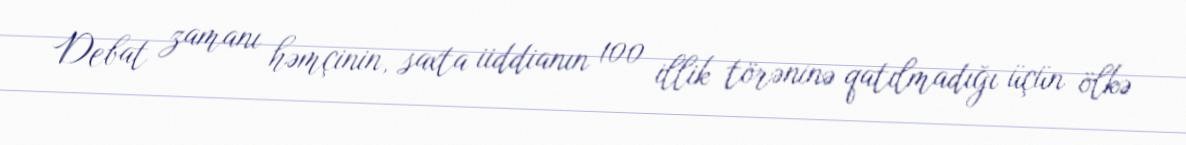
Debat zamanı həmçinin, saxta iiddianın 100 illik törəninə qatılmadığı üçün ölkə